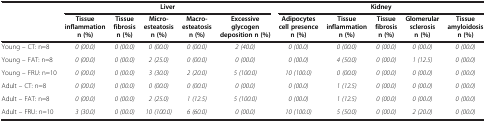
<table><thead><tr><td><b> </b></td><td colspan="5"><b>Liver</b></td><td colspan="5"><b>Kidney</b></td></tr><tr><td><b> </b></td><td><b>Tissue inflammation n (%)</b></td><td><b>Tissue fibrosis n (%)</b></td><td><b>Micro-esteatosis n (%)</b></td><td><b>Macro-esteatosis n (%)</b></td><td><b>Excessive glycogen deposition n (%)</b></td><td><b>Adipocytes cell presence n (%)</b></td><td><b>Tissue inflammation n (%)</b></td><td><b>Tissue fibrosis n (%)</b></td><td><b>Glomerular sclerosis n (%)</b></td><td><b>Tissue amyloidosis n (%)</b></td></tr></thead><tbody><tr><td>Young – CT: n=8</td><td><i>0 (00.0)</i></td><td><i>0 (00.0)</i></td><td><i>0 (00.0)</i></td><td><i>0 (00.0)</i></td><td><i>2 (40.0)</i></td><td><i>0 (00.0)</i></td><td><i>0 (00.0)</i></td><td><i>0 (00.0)</i></td><td><i>0 (00.0)</i></td><td><i>0 (00.0)</i></td></tr><tr><td>Young – FAT: n=8</td><td><i>0 (00.0)</i></td><td><i>0 (00.0)</i></td><td><i>2 (25.0)</i></td><td><i>0 (00.0)</i></td><td><i>0 (00.0)</i></td><td><i>0 (00.0)</i></td><td><i>4 (50.0)</i></td><td><i>0 (00.0)</i></td><td><i>1 (12.5)</i></td><td><i>0 (00.0)</i></td></tr><tr><td>Young – FRU: n=10</td><td><i>0 (00.0)</i></td><td><i>0 (00.0)</i></td><td><i>3 (30.0)</i></td><td><i>2 (20.0)</i></td><td><i>5 (100.0)</i></td><td><i>10 (100.0)</i></td><td><i>0 (00.0)</i></td><td><i>0 (00.0)</i></td><td><i>0 (00.0)</i></td><td><i>0 (00.0)</i></td></tr><tr><td>Adult – CT: n=8</td><td><i>0 (00.0)</i></td><td><i>0 (00.0)</i></td><td><i>0 (00.0)</i></td><td><i>0 (00.0)</i></td><td><i>0 (00.0)</i></td><td><i>0 (00.0)</i></td><td><i>1 (12.5)</i></td><td><i>0 (00.0)</i></td><td><i>0 (00.0)</i></td><td><i>0 (00.0)</i></td></tr><tr><td>Adult – FAT: n=8</td><td><i>0 (00.0)</i></td><td><i>0 (00.0)</i></td><td><i>2 (25.0)</i></td><td><i>1 (12.5)</i></td><td><i>5 (100.0)</i></td><td><i>0 (00.0)</i></td><td><i>1 (12.5)</i></td><td><i>0 (00.0)</i></td><td><i>0 (00.0)</i></td><td><i>0 (00.0)</i></td></tr><tr><td>Adult – FRU: n=10</td><td><i>3 (30.0)</i></td><td><i>0 (00.0)</i></td><td><i>10 (100.0)</i></td><td><i>6 (60.0)</i></td><td><i>0 (00.0)</i></td><td><i>10 (100.0)</i></td><td><i>5 (50.0)</i></td><td><i>0 (00.0)</i></td><td><i>2 (20.0)</i></td><td><i>0 (00.0)</i></td></tr></tbody></table>